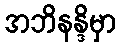
အဘိနန္ဒိမှာ